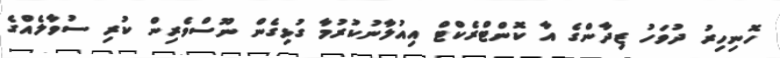
ހޮނިހިރު ދުވަހު ޒިދާންގެ އާ ކޮންޓްރެކްޓް އިއުލާނުކުރުމާ ގުޅިގެން ނޫސްވެރިން ކުރި ސުވާލެއްގެ